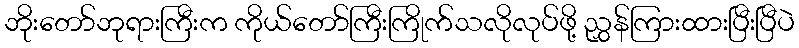
ဘိုးတော်ဘုရားကြီးက ကိုယ်တော်ကြီးကြိုက်သလိုလုပ်ဖို့ ညွှန်ကြားထားပြီးပြီပဲ